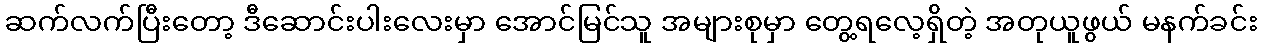
ဆက်လက်ပြီးတော့ ဒီဆောင်းပါးလေးမှာ အောင်မြင်သူ အများစုမှာ တွေ့ရလေ့ရှိတဲ့ အတုယူဖွယ် မနက်ခင်း